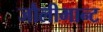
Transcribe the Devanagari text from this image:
जौलीमान्‍ट